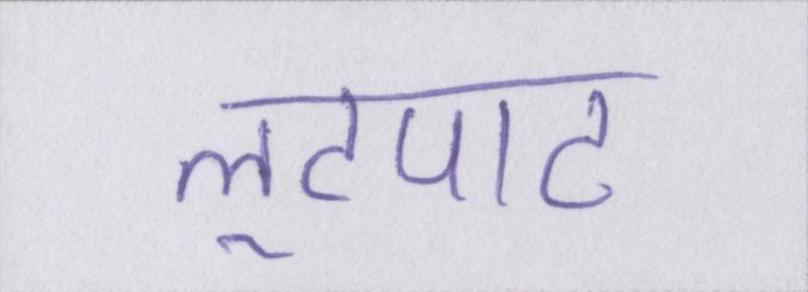
लूटपाट